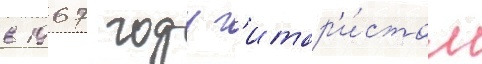
в 1967 году г'итар'и́стом